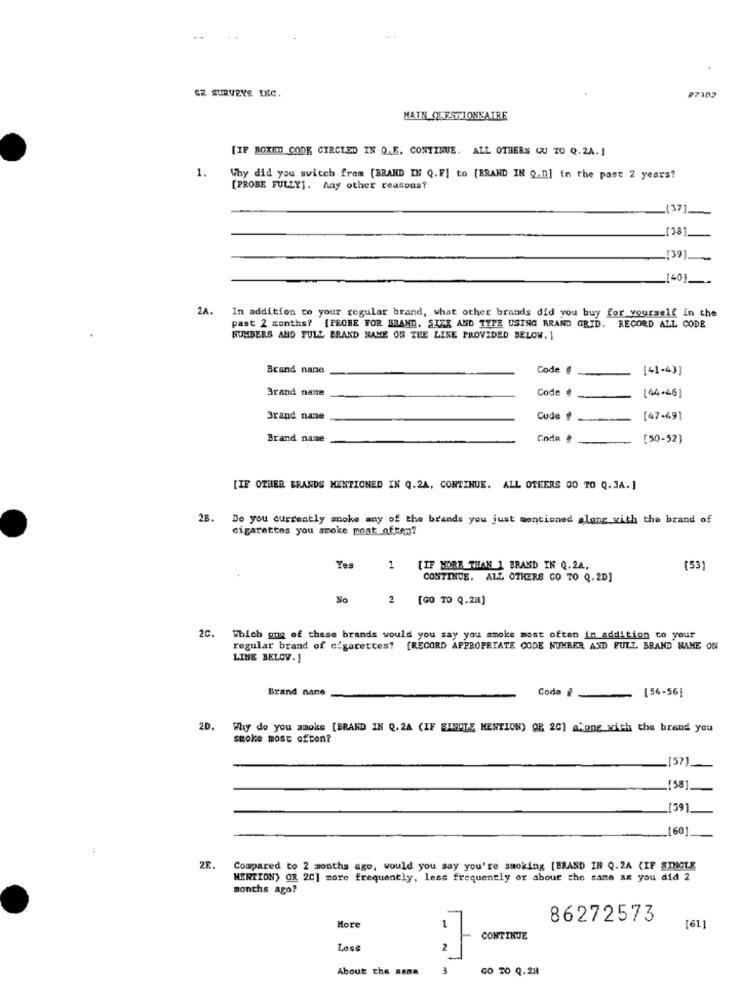
SZ SURVEYE INC.
₽7302
MATN QUESTIONNAIRE
[IF ROXED CODE CIRCLED IN Q.E. CONTINUE. ALL OTHERS GU TO Q.2A.1
1.
Why did you switch from [BRAND IN Q.F] to [BRAND IN Q.D] in the past 2 years?
[PROBE FULLY]. Any other reasons?
_[37].
[38]
[39]
[40]
2A.
In addition to your regular brand, what other brands did you buy for yourself in the
past 2 months? [PROBE FOR BRAND, SIZE AND TYPE USING BRAND GRID. RECORD ALL CODE
NUMBERS AND FULL BRAND NAME ON THE LINE PROVIDED BELOW.1
Brand nane
Code #
[41-43]
Brand name
Code
[44-46]
Brand nane
Code
[47-49]
Brand name
Code
[50-52]
[IF OTHER BRANDS MENTIONED IN Q.2A, CONTINUE. ALL OTHERS GO TO Q. 3A. ]
2B. Do you currently moke any of the brands you just mentioned along with the brand of
cigarettes you smoke most of Ren?
Yes
1
[IF MORE THAN 1 BRAND IN Q.2A,
(53)
CONTINUE. ALL OTHERS CO 70 Q.2D]
No
2 [GO TO Q.28]
2C. Which one of these brands would you say you smoke most often in addition to your
regular brand of cigarettes! [RECORD APPROPRIATE CODE NUMBER AND FULL BRAND NAME ON
LINE BELOW. ]
Brand name
Codo
[54-56]
2D.
Why do you smoke [BRAND IN Q.24 (IF SIMILE MENTION) OR 20] along with the brand you
smoke most often?
_[57]
(58]
[59]
60
2E.
Compared to 2 months ago, would you say you're smoking [BRAND IN Q.24 (IF SINGLE
MENTION) OR 2C] more frequently, less frequently or about the same as you did 2
months ago?
More
86272573
[61
CONTINUE
Loss
2
About the same
3
GO TO Q.2H